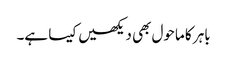
باہر کا ماحول بھی دیکھیں کیسا ہے۔